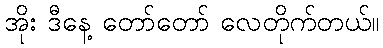
အိုး ဒီနေ့ တော်တော် လေတိုက်တယ်။